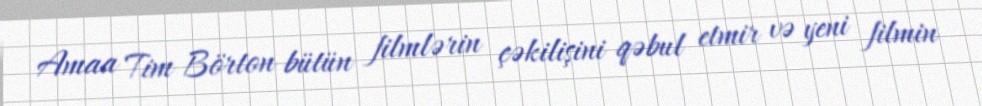
Amaa Tim Börton bütün filmlərin çəkilişini qəbul etmir və yeni filmin